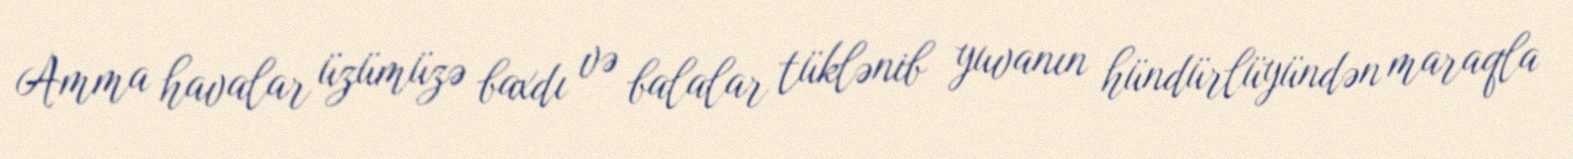
Amma havalar üzümüzə baxdı və balalar tüklənib yuvanın hündürlüyündən maraqla